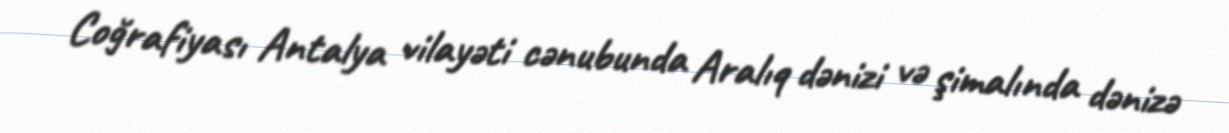
Coğrafiyası Antalya vilayəti cənubunda Aralıq dənizi və şimalında dənizə